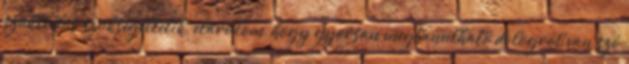
szaktudás szükségeltetik, elárulom, hogy gyorsan megtanulható dologról van szó